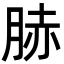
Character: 𦛘